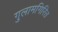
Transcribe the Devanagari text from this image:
गुलामगिरित